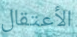
الأعتقال